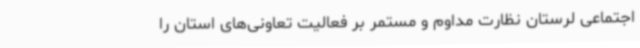
اجتماعی لرستان نظارت مداوم و مستمر بر فعالیت تعاونی‌های استان را